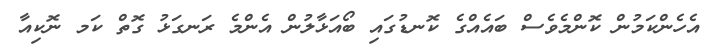
އެހެންކަމުން ކޮންމެވެސް ބައެއްގެ ކޮނޑުގައި ބޯއަޅާލުން އެންމެ ރަނގަޅު ގޮތް ކަމ ނޮކިއާ